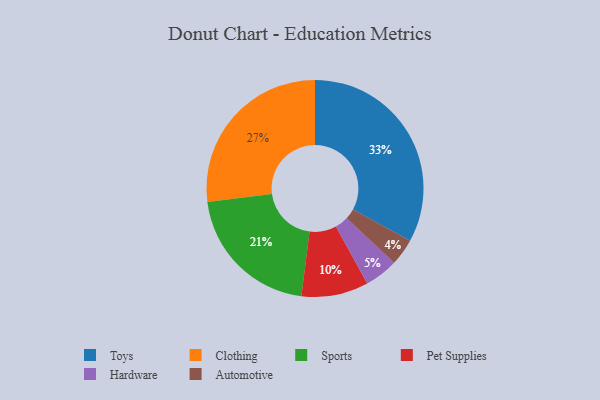
{"axis": {"x": "Category", "y": "Percentage"}, "legend": ["Automotive", "Clothing", "Hardware", "Pet Supplies", "Sports", "Toys"], "data": [{"x": "Sports", "y": 21, "type": "Sports"}, {"x": "Toys", "y": 33, "type": "Toys"}, {"x": "Automotive", "y": 4, "type": "Automotive"}, {"x": "Hardware", "y": 5, "type": "Hardware"}, {"x": "Clothing", "y": 27, "type": "Clothing"}, {"x": "Pet Supplies", "y": 10, "type": "Pet Supplies"}]}